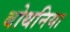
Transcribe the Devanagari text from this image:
बोथनिया